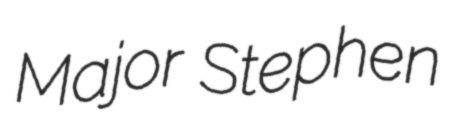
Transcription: Major Stephen